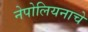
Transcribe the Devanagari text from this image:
नेपोलियनाचे